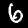
Digit: 6